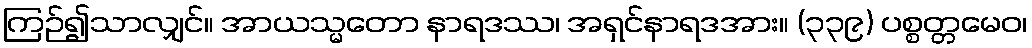
ကြဉ်၍သာလျှင်။ အာယသ္မတော နာရဒဿ၊ အရှင်နာရဒအား။ (၃၃၉) ပစ္စတ္တမေဝ၊